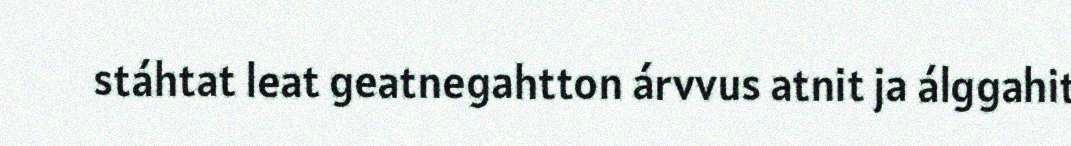
stáhtat leat geatnegahtton árvvus atnit ja álggahit